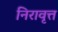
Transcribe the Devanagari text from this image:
निरावृत्त